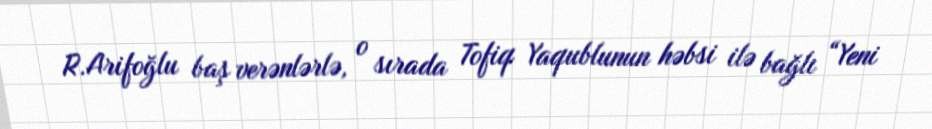
R.Arifoğlu baş verənlərlə, o sırada Tofiq Yaqublunun həbsi ilə bağlı “Yeni